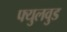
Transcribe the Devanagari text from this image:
फ्युलवुड